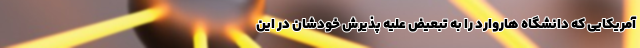
آمریکایی که دانشگاه هاروارد را به تبعیض علیه پذیرش خودشان در این